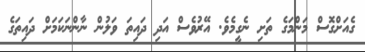
ގެއަށްގޮސް މަންމަގެ ތަށި ނެގީމެވެ. އޭރުވެސް އަދި ދައިތަ ވަލުން ނާންނަކަމަށް ދައިތަގެ